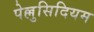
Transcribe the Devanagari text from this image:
पेल्लुसिदियम